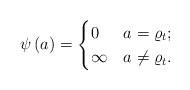
\begin{align*}\psi \left( a \right) = \begin{cases} 0 & a = \varrho_{t}; \\ \infty & a \not= \varrho_{t}. \end{cases}\end{align*}